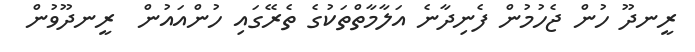
ރީނދޫ ހުން ޖެހުމުން ފެނިދާނެ އަލާމާތްތަކުގެ ތެރޭގައި ހުންއައުން  ރީނދޫވުން